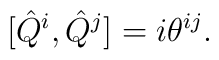
[\hat{Q}^i, \hat{Q}^j]=i\theta^{ij}.